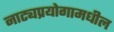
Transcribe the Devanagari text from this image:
नाट्यप्रयोगामधील